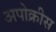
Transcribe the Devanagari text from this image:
अपोक्रीस